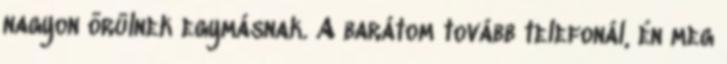
nagyon örülnek egymásnak. A barátom tovább telefonál, én meg